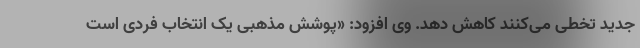
جدید تخطی می‌کنند کاهش دهد. وی افزود: «پوشش مذهبی یک انتخاب فردی است